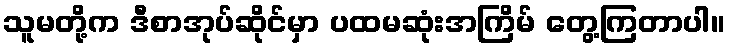
သူမတို့က ဒီစာအုပ်ဆိုင်မှာ ပထမဆုံးအကြိမ် တွေ့ကြတာပါ။